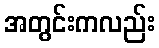
အတွင်းကလည်း